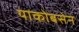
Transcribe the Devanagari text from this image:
याकोबसेन